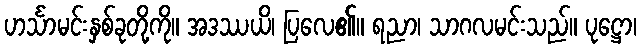
ဟင်္သာမင်းနှစ်ခုတို့ကို။ အဒဿယိ၊ ပြလေ၏။ ရညာ၊ သာဂလမင်းသည်။ ပုဋ္ဌော၊